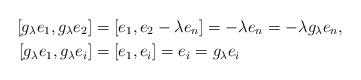
LaTeX: \begin{align*} [g_\lambda e_1 , g_\lambda e_2] & = [e_1 , e_2 - \lambda e_n] = - \lambda e_n = - \lambda g_\lambda e_n , \\ [g_\lambda e_1 , g_\lambda e_i] & = [e_1 , e_i] = e_i = g_\lambda e_i \end{align*}